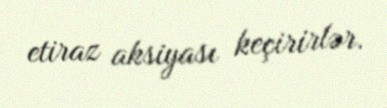
etiraz aksiyası keçirirlər.